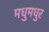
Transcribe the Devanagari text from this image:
मधुमधुर